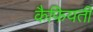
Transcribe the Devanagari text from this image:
कैफियती